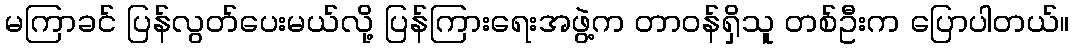
မကြာခင် ပြန်လွတ်ပေးမယ်လို့ ပြန်ကြားရေးအဖွဲ့က တာဝန်ရှိသူ တစ်ဦးက ပြောပါတယ်။